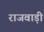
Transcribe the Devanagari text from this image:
राजवाड़ी